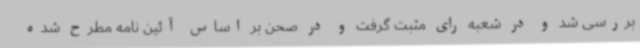
بررسی شد و در شعبه رای مثبت گرفت و در صحن بر اساس آئین نامه مطرح شده